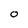
Character: O